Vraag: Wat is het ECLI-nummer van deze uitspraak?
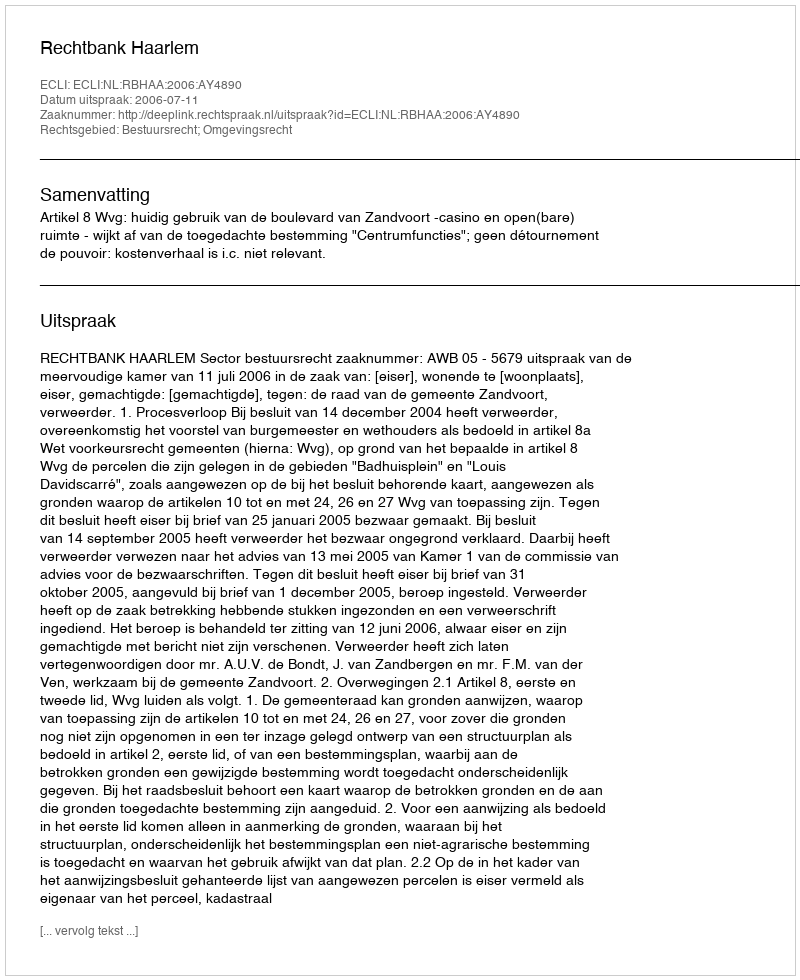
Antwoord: ECLI:NL:RBHAA:2006:AY4890